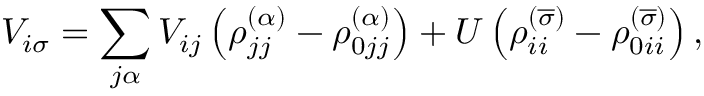
V _ { i \sigma } = \sum _ { j \alpha } V _ { i j } \left( \rho _ { j j } ^ { \left( \alpha \right) } - \rho _ { 0 j j } ^ { \left( \alpha \right) } \right) + U \left( \rho _ { i i } ^ { \left( \overline { { \sigma } } \right) } - \rho _ { 0 i i } ^ { \left( \overline { { \sigma } } \right) } \right) ,